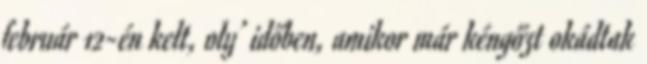
február 12-én kelt, oly’ időben, amikor már kéngőzt okádtak